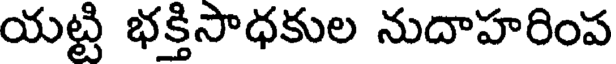
యట్టి భక్తిసాధకుల నుదాహరింప